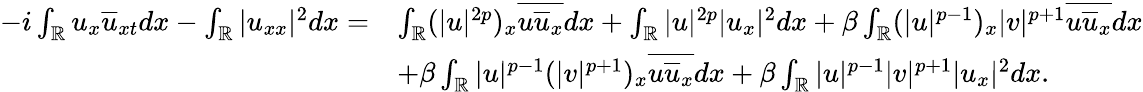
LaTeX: \begin{array}{rl}{-i\int_{\mathbb{R}}u_{x}\overline{{u}}_{xt}dx-\int_{\mathbb{R}}|u_{xx}|^{2}dx=}&{\int_{\mathbb{R}}(|u|^{2p})_{x}\overline{{u\overline{{u}}_{x}}}dx+\int_{\mathbb{R}}|u|^{2p}|u_{x}|^{2}dx+\beta\int_{\mathbb{R}}(|u|^{p-1})_{x}|v|^{p+1}\overline{{u\overline{{u}}_{x}}}dx}\\ &{+\beta\int_{\mathbb{R}}|u|^{p-1}(|v|^{p+1})_{x}\overline{{u\overline{{u}}_{x}}}dx+\beta\int_{\mathbb{R}}|u|^{p-1}|v|^{p+1}|u_{x}|^{2}dx.}\end{array}